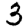
Digit: 3